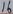
Text: 16